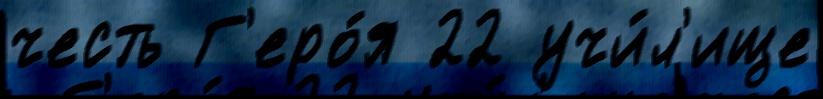
честь Г'еро́я 22 учи́л'ище